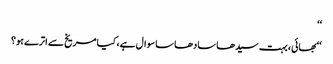
‘‘
‘‘بھائی، بہت سیدھا سادھا سا سوال ہے، کیا مریخ سے اترے ہو؟